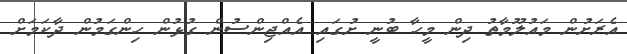
އެރަށުން މައުލޫމާތު ދިން މީހާ ބުނީ ށުގައި އެއްޖިންސުން ގުޅުން ހިންގަމުން ދާކަމަށް